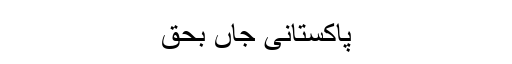
پاکستانی جاں بحق